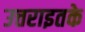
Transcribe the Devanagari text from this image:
उत्तराइतके